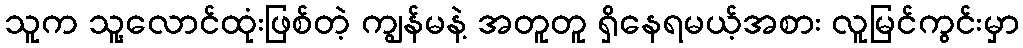
သူက သူ့လောင်ထုံးဖြစ်တဲ့ ကျွန်မနဲ့ အတူတူ ရှိနေရမယ့်အစား လူမြင်ကွင်းမှာ